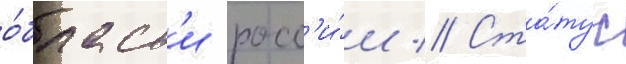
о́бласт'и росс'и́и // Ста́тус